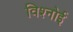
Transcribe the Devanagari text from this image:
विश्‍नोई